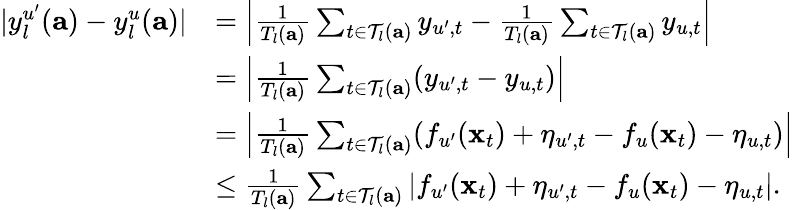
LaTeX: \begin{array}{rl}{|y_{l}^{u^{\prime}}(\mathbf{a})-y_{l}^{u}(\mathbf{a})|}&{=\left|\frac{1}{T_{l}(\mathbf{a})}\sum_{t\in\mathcal{T}_{l}(\mathbf{a})}y_{u^{\prime},t}-\frac{1}{T_{l}(\mathbf{a})}\sum_{t\in\mathcal{T}_{l}(\mathbf{a})}y_{u,t}\right|}\\ &{=\left|\frac{1}{T_{l}(\mathbf{a})}\sum_{t\in\mathcal{T}_{l}(\mathbf{a})}(y_{u^{\prime},t}-y_{u,t})\right|}\\ &{=\left|\frac{1}{T_{l}(\mathbf{a})}\sum_{t\in\mathcal{T}_{l}(\mathbf{a})}(f_{u^{\prime}}(\mathbf{x}_{t})+\eta_{u^{\prime},t}-f_{u}(\mathbf{x}_{t})-\eta_{u,t})\right|}\\ &{\leq\frac{1}{T_{l}(\mathbf{a})}\sum_{t\in\mathcal{T}_{l}(\mathbf{a})}\left|f_{u^{\prime}}(\mathbf{x}_{t})+\eta_{u^{\prime},t}-f_{u}(\mathbf{x}_{t})-\eta_{u,t}\right|.}\end{array}